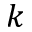
k